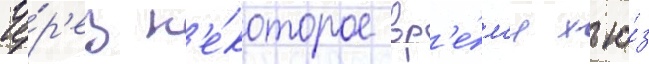
Че́р'ез н'е́которое вр'е́м'я хью́з